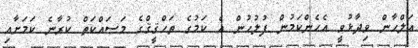
އަލްހާން ވިދާޅުވީ އެހެންކަމުން ފުލުހުން އެ ކަމުގެ ތަހްޤީޤްގެ މަސައްކަތް ކުރާނެ ކަމަށާއި